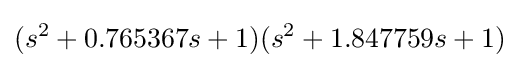
(s^{2}+0.765367s+1)(s^{2}+1.847759s+1)